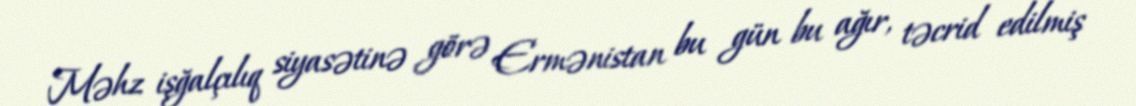
Məhz işğalçılıq siyasətinə görə Ermənistan bu gün bu ağır, təcrid edilmiş